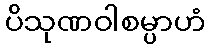
ပိသုဏဝါစမ္ပာဟံ